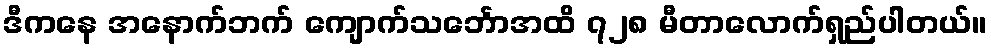
ဒီကနေ အနောက်ဘက် ကျောက်သင်္ဘောအထိ ၇၂၈ မီတာလောက်ရှည်ပါတယ်။